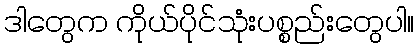
ဒါတွေက ကိုယ်ပိုင်သုံးပစ္စည်းတွေပါ။